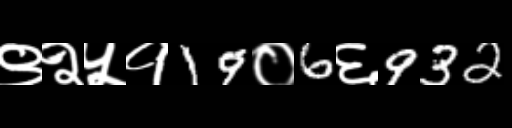
Text: ९२५१19०6६932